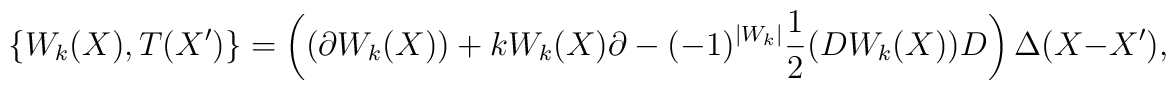
\{W_k(X),T(X')\} = \left( (\partial W_k(X)) + kW_k(X)\partial - (-1)^{|W_k|}\frac{1}{2}(DW_k(X))D\right)\Delta(X-X'),